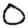
Digit: 0